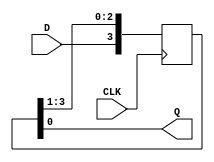
module Shift_Reg (
    input D, CLK,   
    output reg Q
);
    // Outputs of the FFs.
    reg [0:3] Q_data;
    assign Q = Q_data[3];

    always @(posedge CLK) begin
        Q_data <= {D, Q_data[0:2]};
    end
endmodule